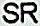
SR